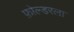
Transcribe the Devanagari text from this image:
फ़ोल्डरला